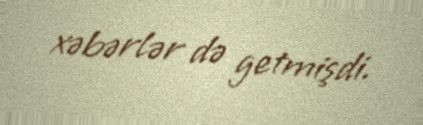
xəbərlər də getmişdi.